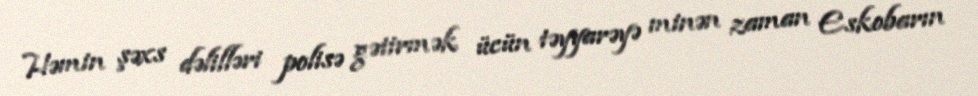
Həmin şəxs dəlilləri polisə gətirmək ücün təyyarəyə minən zaman Eskobarın